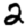
Digit: 2